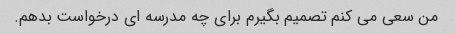
من سعی می کنم تصمیم بگیرم برای چه مدرسه ای درخواست بدهم.